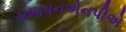
સમાપનએનપીએ